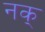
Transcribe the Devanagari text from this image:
नक्